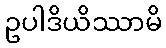
ဥပါဒိယိဿာမိ